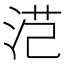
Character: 𭰜